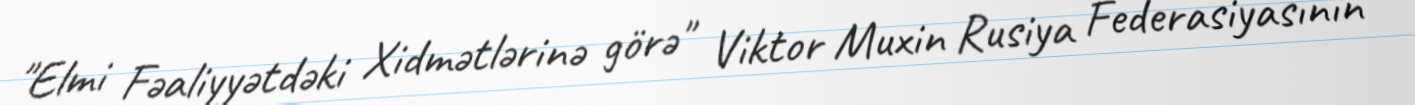
"Elmi Fəaliyyətdəki Xidmətlərinə görə" Viktor Muxin Rusiya Federasiyasının